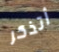
أتذكر